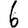
Digit: 6